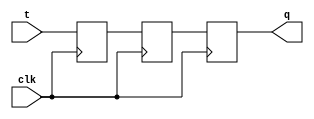
module t_flip_flop (
    input wire clk,
    input wire t,
    output reg q
);

reg d1, d2;

always @(posedge clk) begin
    d1 <= t;
    d2 <= d1;
end

always @(posedge clk) begin
    q <= d2;
end

endmodule